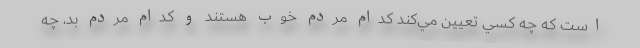
است كه چه كسي تعيين مي‌كند كدام مردم خوب هستند و كدام مردم بد، چه